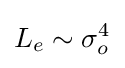
L_{e}\sim \sigma _{o}^{4}